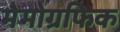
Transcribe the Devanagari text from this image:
मेमोग्रफिक